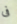
فى